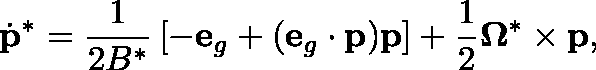
\dot { \mathbf { p } } ^ { * } = \frac { 1 } { 2 B ^ { * } } \left[ - \mathbf { e } _ { g } + ( \mathbf { e } _ { g } \cdot \mathbf { p } ) \mathbf { p } \right] + \frac { 1 } { 2 } \mathbf { \Omega } ^ { * } \times \mathbf { p } ,